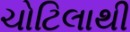
ચોટિલાથી